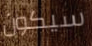
سيكون